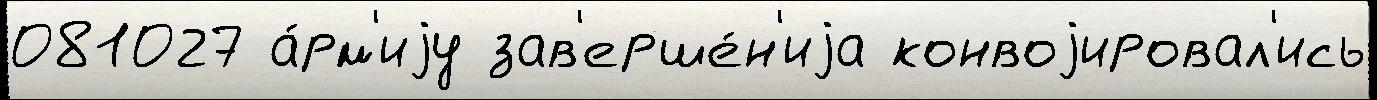
081027 а́рм'иjу зав'ерше́н'иjа конвоjировал'ись